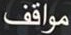
مواقف